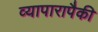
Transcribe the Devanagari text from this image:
व्यापारापैकी